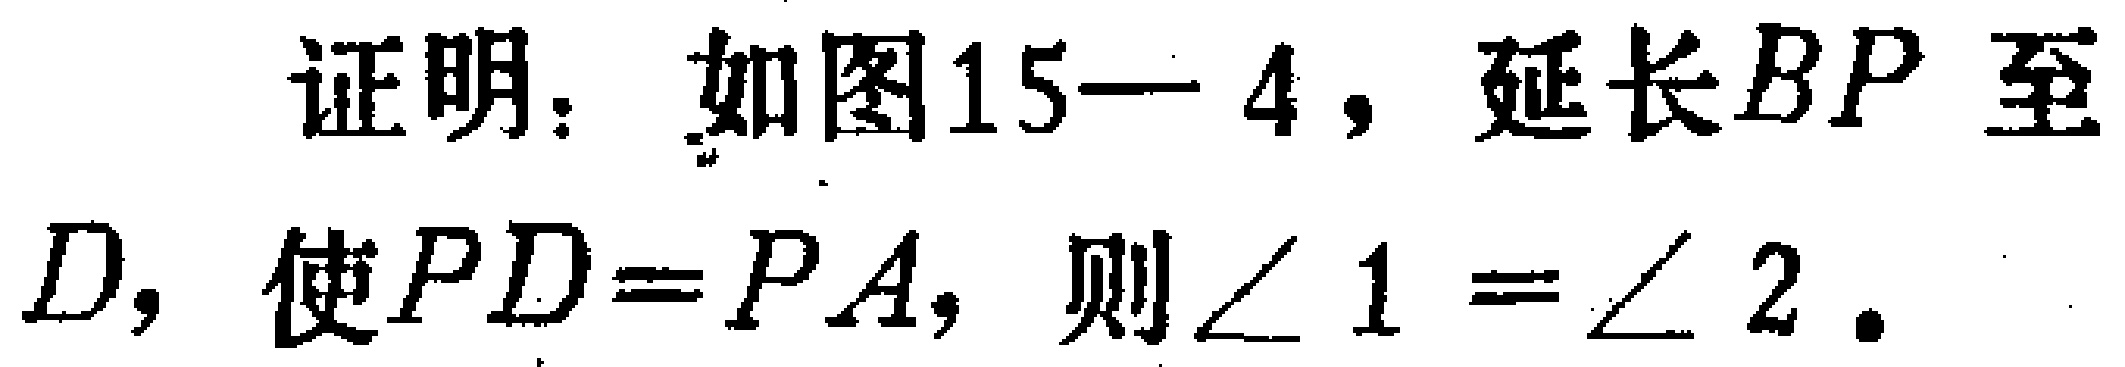
证明：如图15—4，延长\(BP\)至\(D\)，使\(PD = PA\)，则\(\angle 1=\angle 2\)。